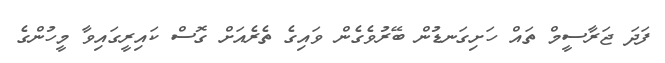
ފަދަ ޖަރާސީމް ތައް ހަށިގަނޑުން ބޭރުވެގެން ވައިގެ ތެރެއަށް ގޮސް ކައިރީގައިވާ މީހުންގެ